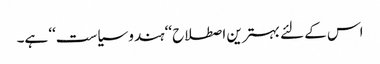
اس کے لئے بہترین اصطلاح ‘‘ہندو سیاست‘‘ ہے۔